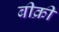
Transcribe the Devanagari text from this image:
बीक्री